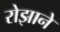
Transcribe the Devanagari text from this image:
रोझाने